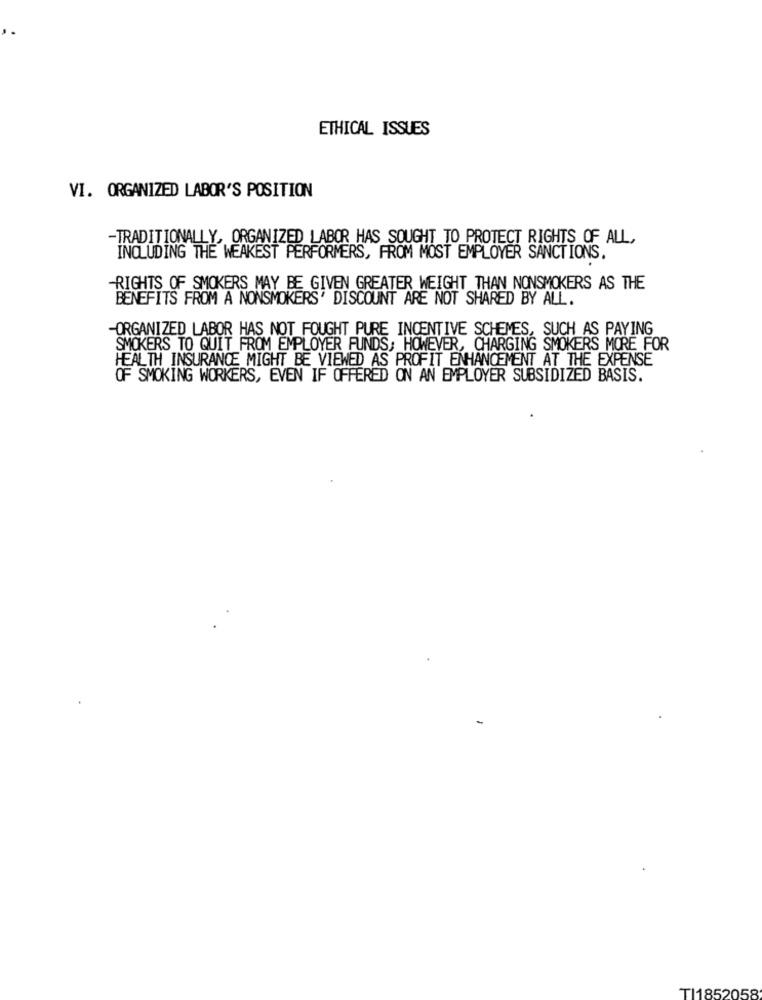
ETHICAL ISSUES
VI. ORGANIZED LABOR'S POSITION
-TRADITIONALLY, ORGANIZED LABOR HAS SOUGHT TO PROTECT RIGHTS OF ALL,
INCLUDING THE WEAKEST PERFORMERS, FROM MOST EMPLOYER SANCTIONS.
-RIGHTS OF SMOKERS MAY BE GIVEN GREATER WEIGHT THAN NONSMOKERS AS THE
BENEFITS FROM A NONSMOKERS' DISCOUNT ARE NOT SHARED BY ALL.
-ORGANIZED LABOR HAS NOT FOUGHT PURE INCENTIVE SCHEMES, SUCH AS PAYING
SMOKERS TO QUIT FROM EMPLOYER FUNDS; HOWEVER, CHARGING SMOKERS MORE FOR
HEALTH INSURANCE MIGHT BE VIEWED AS PROFIT ENHANCEMENT AT THE EXPENSE
OF SMOKING WORKERS, EVEN IF OFFERED ON AN EMPLOYER SUBSIDIZED BASIS.
TI1852058